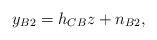
LaTeX: \begin{align*}y_{B2}=h_{CB}z + n_{B2},\end{align*}